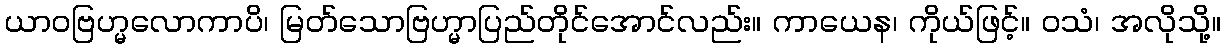
ယာဝဗြဟ္မလောကာပိ၊ မြတ်သောဗြဟ္မာပြည်တိုင်အောင်လည်း။ ကာယေန၊ ကိုယ်ဖြင့်။ ဝသံ၊ အလိုသို့။